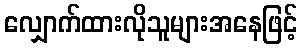
လျှောက်ထားလိုသူများအနေဖြင့်